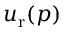
u _ { \mathrm { r } } ( p )